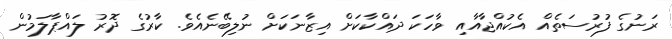
ރަނުގެ ފުރުސަތެއް އެކުއްޖާއާއި ވާހަކަ ދައްކާކަށް އިޒާނަކަށް ނުލިބޭނެއެވެ. ކާރުގެ ދޮރު ލައްޕާލަމުން